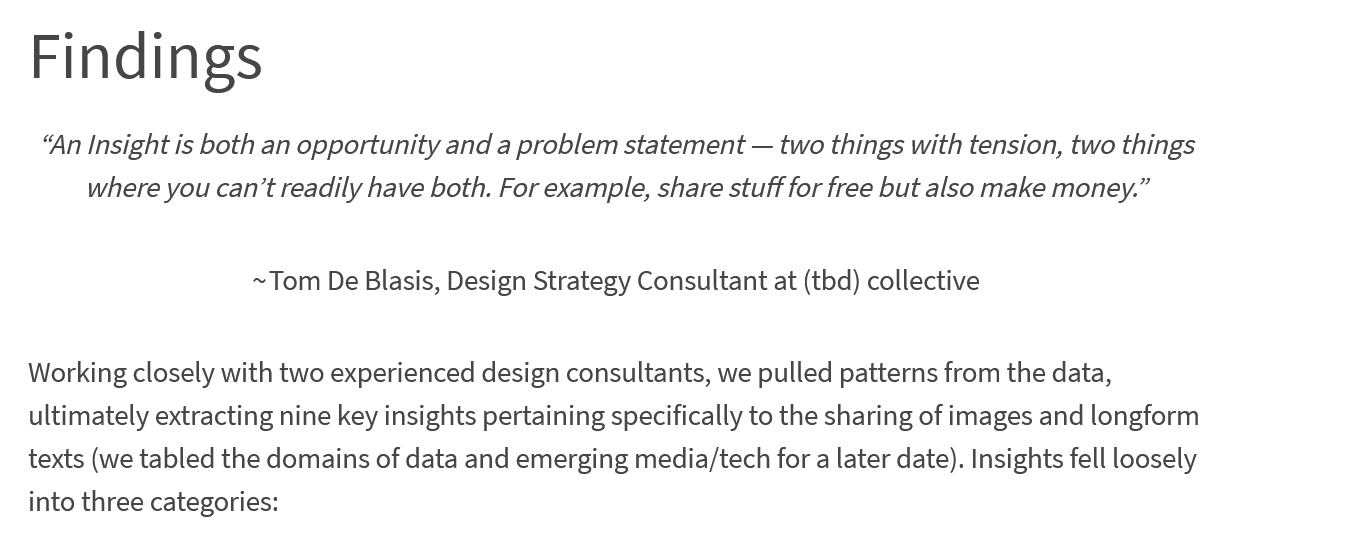
Findings
    “An Insight is both an opportunity and a problem statement
     —
     two things with tension, two things
     where you can’t readily have both. For example, share stuff for free but also make money.”
     ~Tom De Blasis, Design Strategy Consultant at (tbd) collective
   Working closely with two experienced design consultants, we pulled patterns from the data,
   ultimately extracting nine key insights pertaining specifically to the sharing of images and longform
   texts (we tabled the domains of data and emerging media/tech for a later date). Insights fell loosely
   into three categories: